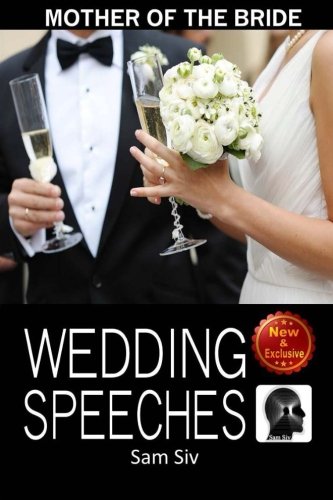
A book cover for Mother Of The Bride Wedding Speeches: On This Special Day Speeches for the Mother of the Bride (Wedding Speeches - Books By Sam Siv) (Volume 3); Sam Siv; Crafts, Hobbies & Home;